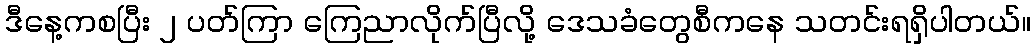
ဒီနေ့ကစပြီး ၂ ပတ်ကြာ ကြေညာလိုက်ပြီလို့ ဒေသခံတွေစီကနေ သတင်းရရှိပါတယ်။